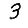
Digit: 3